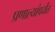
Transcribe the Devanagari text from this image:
प्रणाल्यांपर्यंत